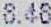
8.48